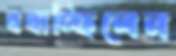
বখাচ্ছিলেন